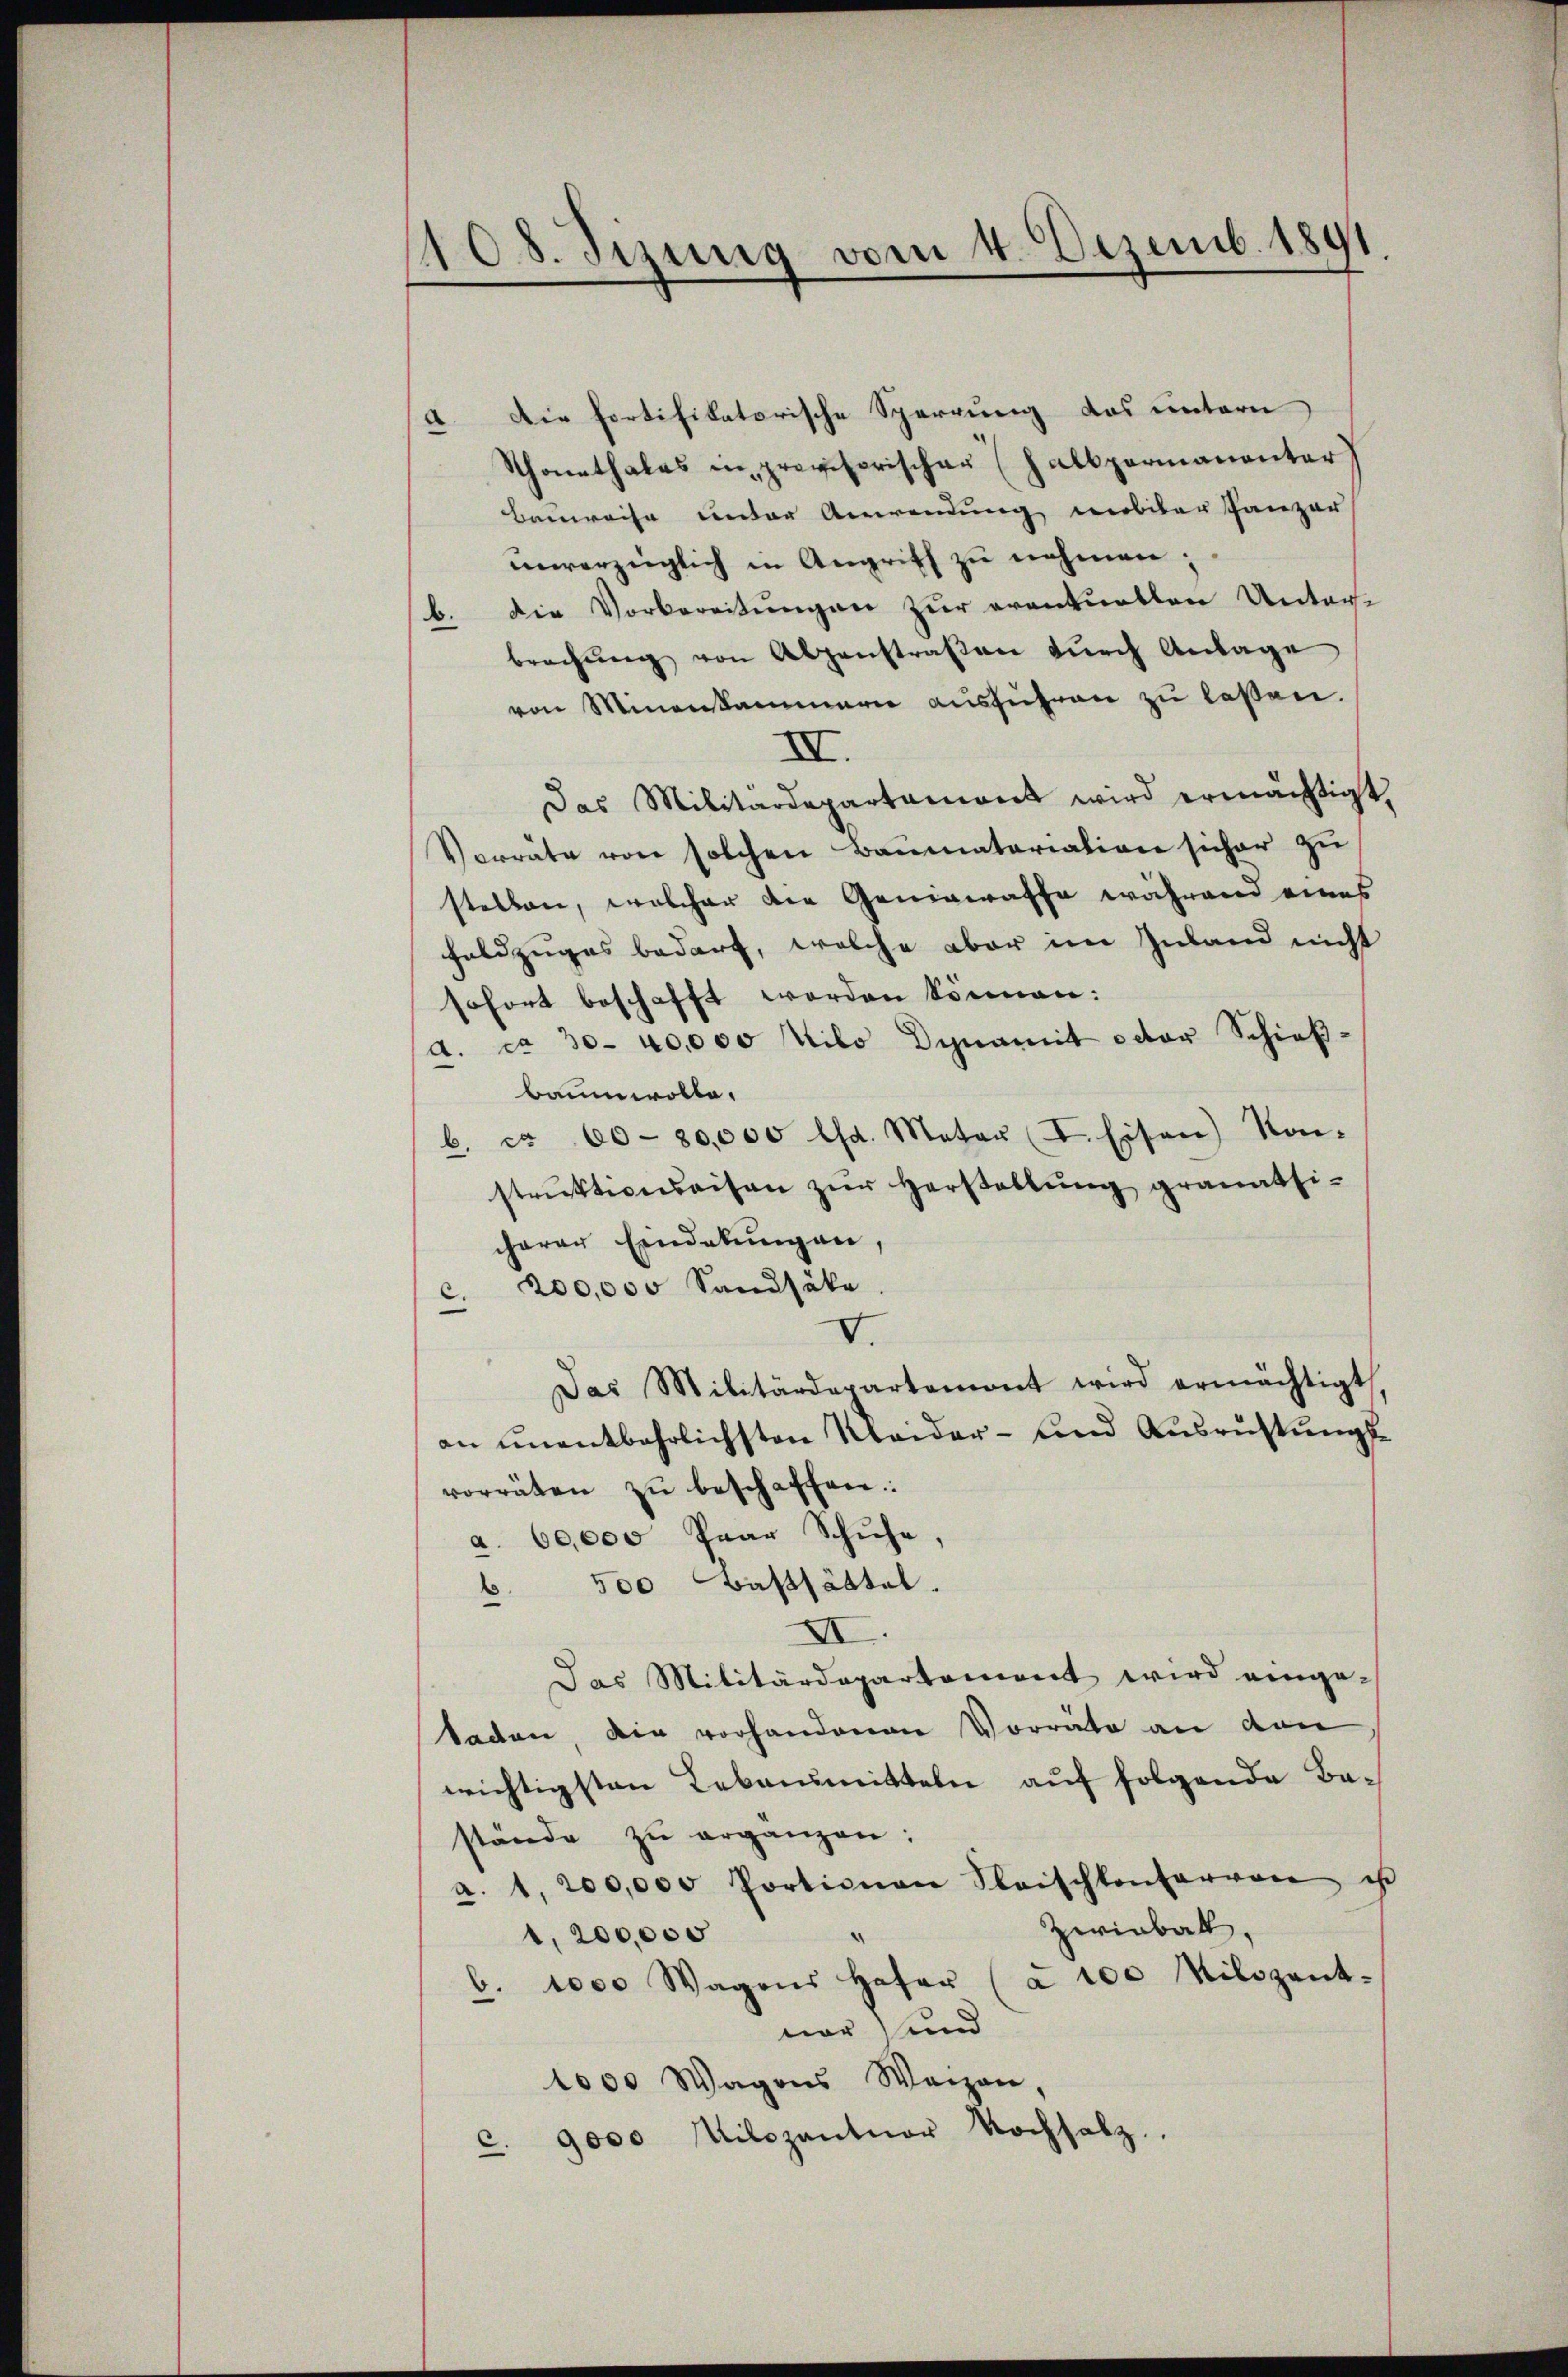
108. Jizung vom 4. Dezemb. 1891

a. Die fortifikatorische Sperrung das untern
Schonethales in provisorischer Halbpermanenter
Bauweise unter Anwendung werliber Ganzer
unverzüglich in Angriff zu nehmen;
b. Die Vorbereitungen zur eventuellen Unter-
brechŭng von Abzanstraβen dŭrch Anlage
von Minenkammern ausführen zu laßen.
II.
Das Militärdepartament wird ermächtigt,
Vorräte von solchen Baumatariation sicher zu
stellen, welcher die Geniewaffe während eines
Feldzuges bedarf, welche aber im Inland nicht
sofort beschafft worden können:
d. ca 30- 40000 ilo Dynamit octor Schießbaumwolle,
b. ca 60 - 30,000 lha. Metar (I. Eisen) Kon-
strŭktionaisen zŭr Herstattŭng granatsi-
cherer Eindekungen,
200,000 Sandsätz
.
V.
Das Militärdepartemont wird ermächtigt,
an unentbehrlichsten Meider- und Ausrüstung
vorräten zu beschaffen:
a. 60,000 Paar Schuhe,
6 500 Basthättel.
XI.
Das Militärdepartement wird einge-
taden, die vorhandenen Vorräte an den
wichtigsten Lebensmitteln auf folgende Bastände zu erganzen:
a. 1. 200,000 Portionen Fleischkonforvon us
zwiabatt,
1,200,000
b. 1000 Wagens Hafer (à 100 Milizant.
ner) und
1000 Wagens Waizen,
c. 9000 Milozantuor Nochsalz.